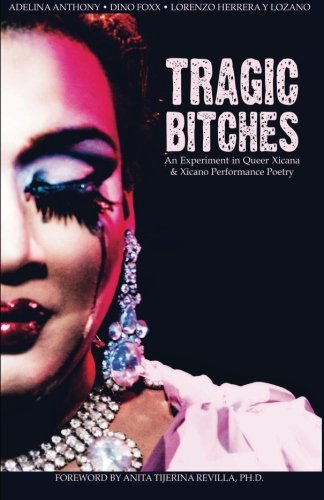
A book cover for Tragic Bitches: An Experiment in Queer Xicana & Xicano Performance Poetry; Adelina Anthony; Gay & Lesbian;